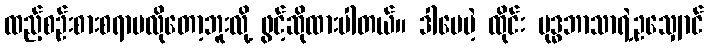
ထည့်စဉ်းစားစရာမလိုတော့ဘူးလို့ ဖွင့်ဆိုထားပါတယ်။ ဒါပေမဲ့ ထိုင်း ဗုဒ္ဓဘာသာရဲ့ဥသျှောင်